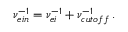
\nu _ { e i n } ^ { - 1 } = \nu _ { e i } ^ { - 1 } + \nu _ { c u t o f f } ^ { - 1 } \, .